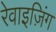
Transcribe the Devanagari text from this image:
रेवाइज़िंग